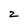
Character: 2